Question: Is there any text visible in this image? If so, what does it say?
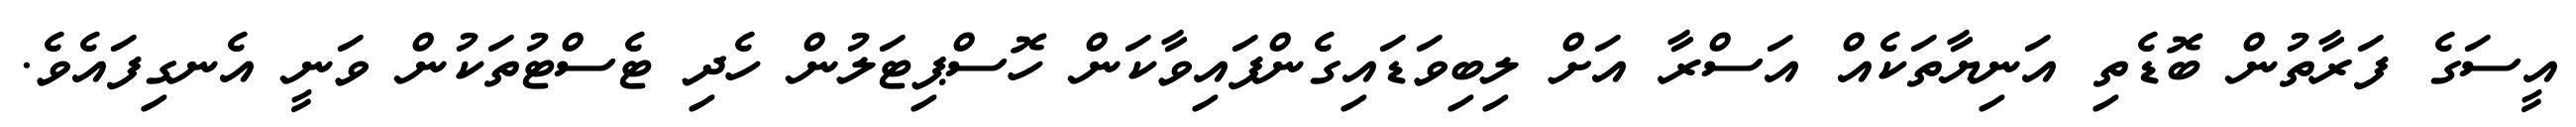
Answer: އީސަގެ ފަރާތުން ބޮޑެތި އަނިޔާތަކެއް އަސްރާ އަށް ލިބިވަޑައިގެންފައިވާކަން ހޮސްޕިޓަލުން ހެދި ޓެސްޓުތަކުން ވަނީ އެނގިފައެވެ.